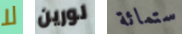
لا لورين ستمائة